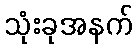
သုံးခုအနက်